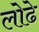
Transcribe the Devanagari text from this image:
लोढे